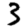
Digit: 3